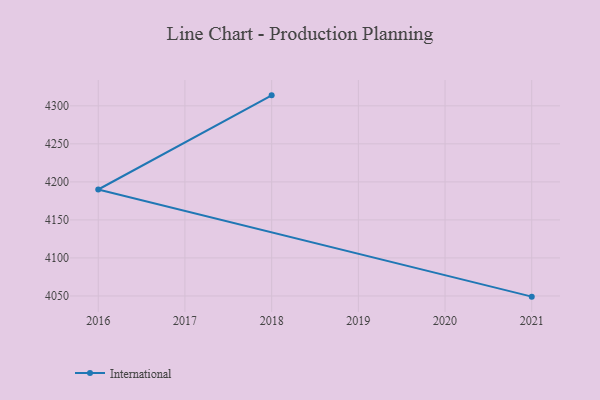
{"axis": {"x": "Year", "y": "Revenue (USD Million)"}, "legend": ["International"], "data": [{"x": "2021", "y": 4049.1, "type": "International"}, {"x": "2016", "y": 4190.0, "type": "International"}, {"x": "2018", "y": 4313.8, "type": "International"}]}